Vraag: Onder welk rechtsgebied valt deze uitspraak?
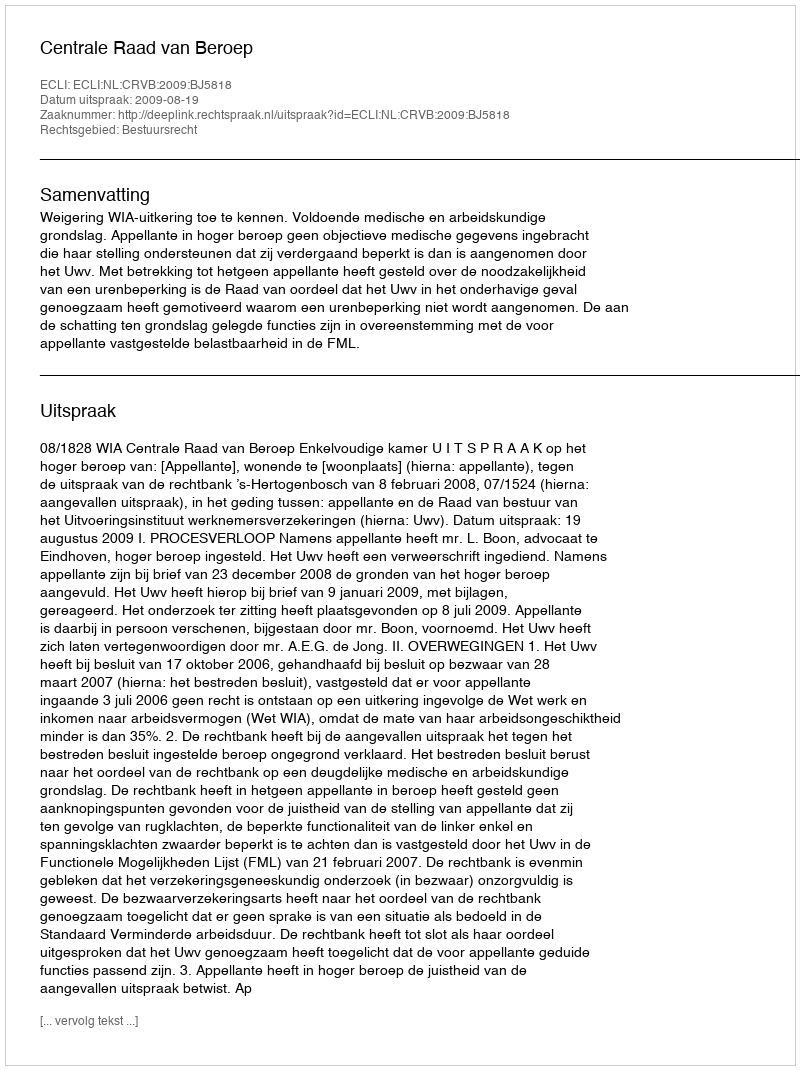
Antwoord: Bestuursrecht